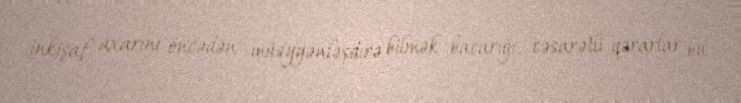
inkişaf axarını öncədən müəyyənləşdirə bilmək bacarığı, cəsarətli qərarlar bu